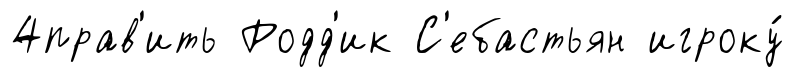
4прав'ить Родд'ик С'ебастьян игроку́